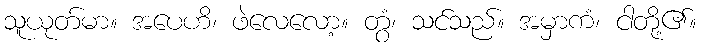
သူယုတ်မာ။ အပေဟိ၊ ဖဲလေလော့။ တွံ၊ သင်သည်။ အမှာကံ၊ ငါတို့၏။